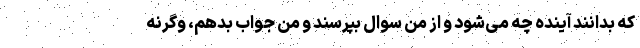
که بدانند آینده چه می‌شود و از من سوال بپرسند و من جواب بدهم، وگرنه